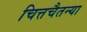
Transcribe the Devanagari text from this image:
चित्तचैतन्या